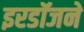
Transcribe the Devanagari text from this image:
इरडॉजने